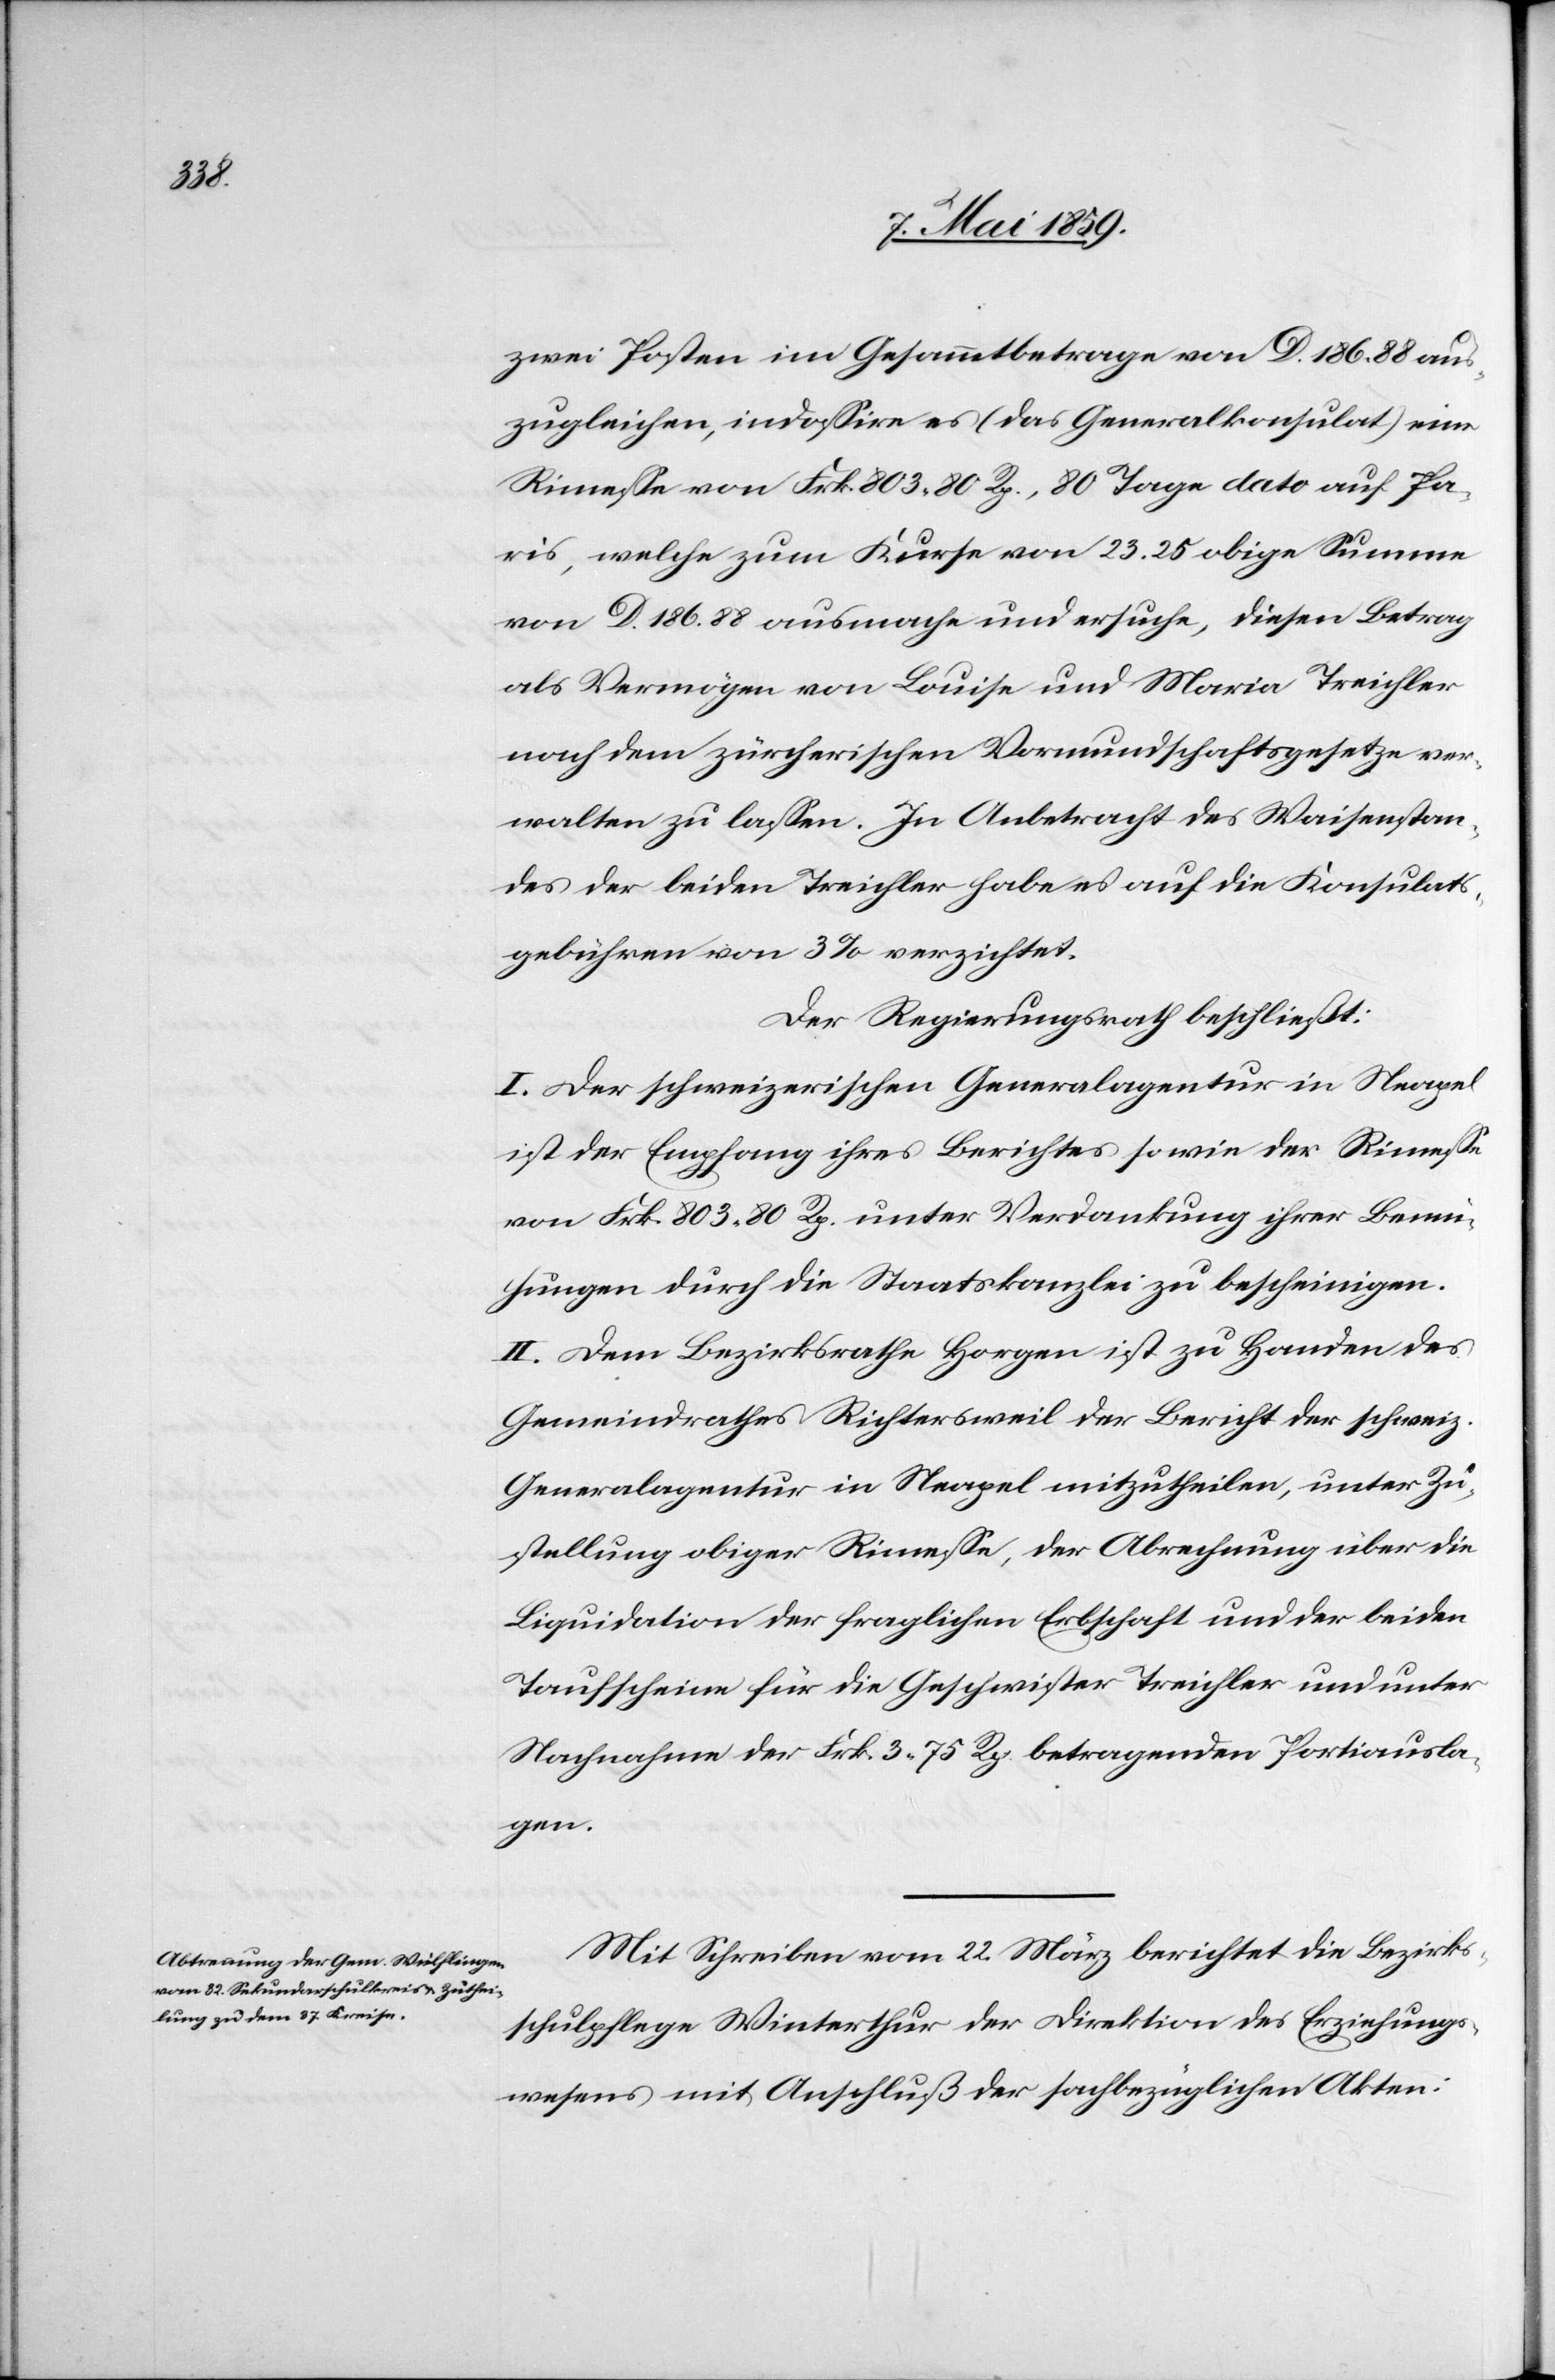
zwei Posten im Gesammtbetrage von D. 186.88 aus¬
zugleichen, indoßire es (das Generalkonsulat) eine
Rimeße von Frk. 803.80 Rp., 80 Tage dato auf Pa¬
ris, welche zum Kurse von 23.25 obige Summe
von D. 186.88 ausmache und ersuche, diesen Betrag
als Vermögen von Louise und Maria Treichler
nach dem zürcherischen Vormundschaftsgesetze ver¬
walten zu laßen. In Anbetracht des Waisenstan¬
des der beiden Treichler habe es auf die Konsulats¬
gebühren von 3 % verzichtet.
Der Regierungsrath beschließt:
I. Der schweizerischen Generalagentur in Neapel
ist der Empfang ihres Berichtes sowie der Rimeße
von Frk. 803.80 Rp. unter Verdankung ihrer Bemü¬
hungen durch die Staatskanzlei zu bescheinigen.
II. Dem Bezirksrathe Horgen ist zu Handen des
Gemeindrathes Richtersweil der Bericht der schweiz.
Generalagentur in Neapel mitzutheilen, unter Zu¬
stellung obiger Rimeße, der Abrechnung über die
Liquidation der fraglichen Erbschaft und der beiden
Taufscheine für die Geschwister Treichler und unter
Nachnahme der Frk. 3.75 Rp. betragenden Portiausla¬
gen.
Mit Schreiben vom 22. März berichtet die Bezirks¬
schulpflege Winterthur der Direktion des Erziehungs¬
wesens mit Anschluß der sachbezüglichen Akten: